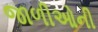
જાળીઓની